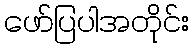
ဖော်ပြပါအတိုင်း